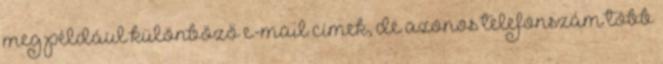
meg például különböző e-mail címek, de azonos telefonszám több